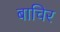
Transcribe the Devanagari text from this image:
बाचिर